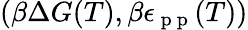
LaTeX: (\beta\Delta G(T),\beta\epsilon_{\mathrm{~p~p~}}(T))